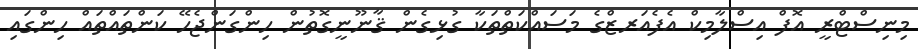
މިނިސްޓްރީ އޮފް އިސްލާމިކް އެފެއަރޒްގެ މަސައްކަތްތަކާ ގުޅިގެން ޤާނޫނީގޮތުން ހިންގަންޖެހޭ ކަންތައްތައް ހިންގައި